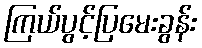
ကြယ်ပွင့်ပြမေးခွန်း